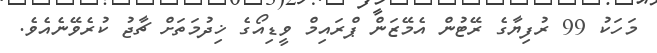
މަހަކު 99 ރުފިޔާގެ ރޭޓުން އެމޭޒަން ޕްރައިމް ވީޑިއޯގެ ޚިދުމަތަށް ޗާޖު ކުރެވޭނެއެވެ.